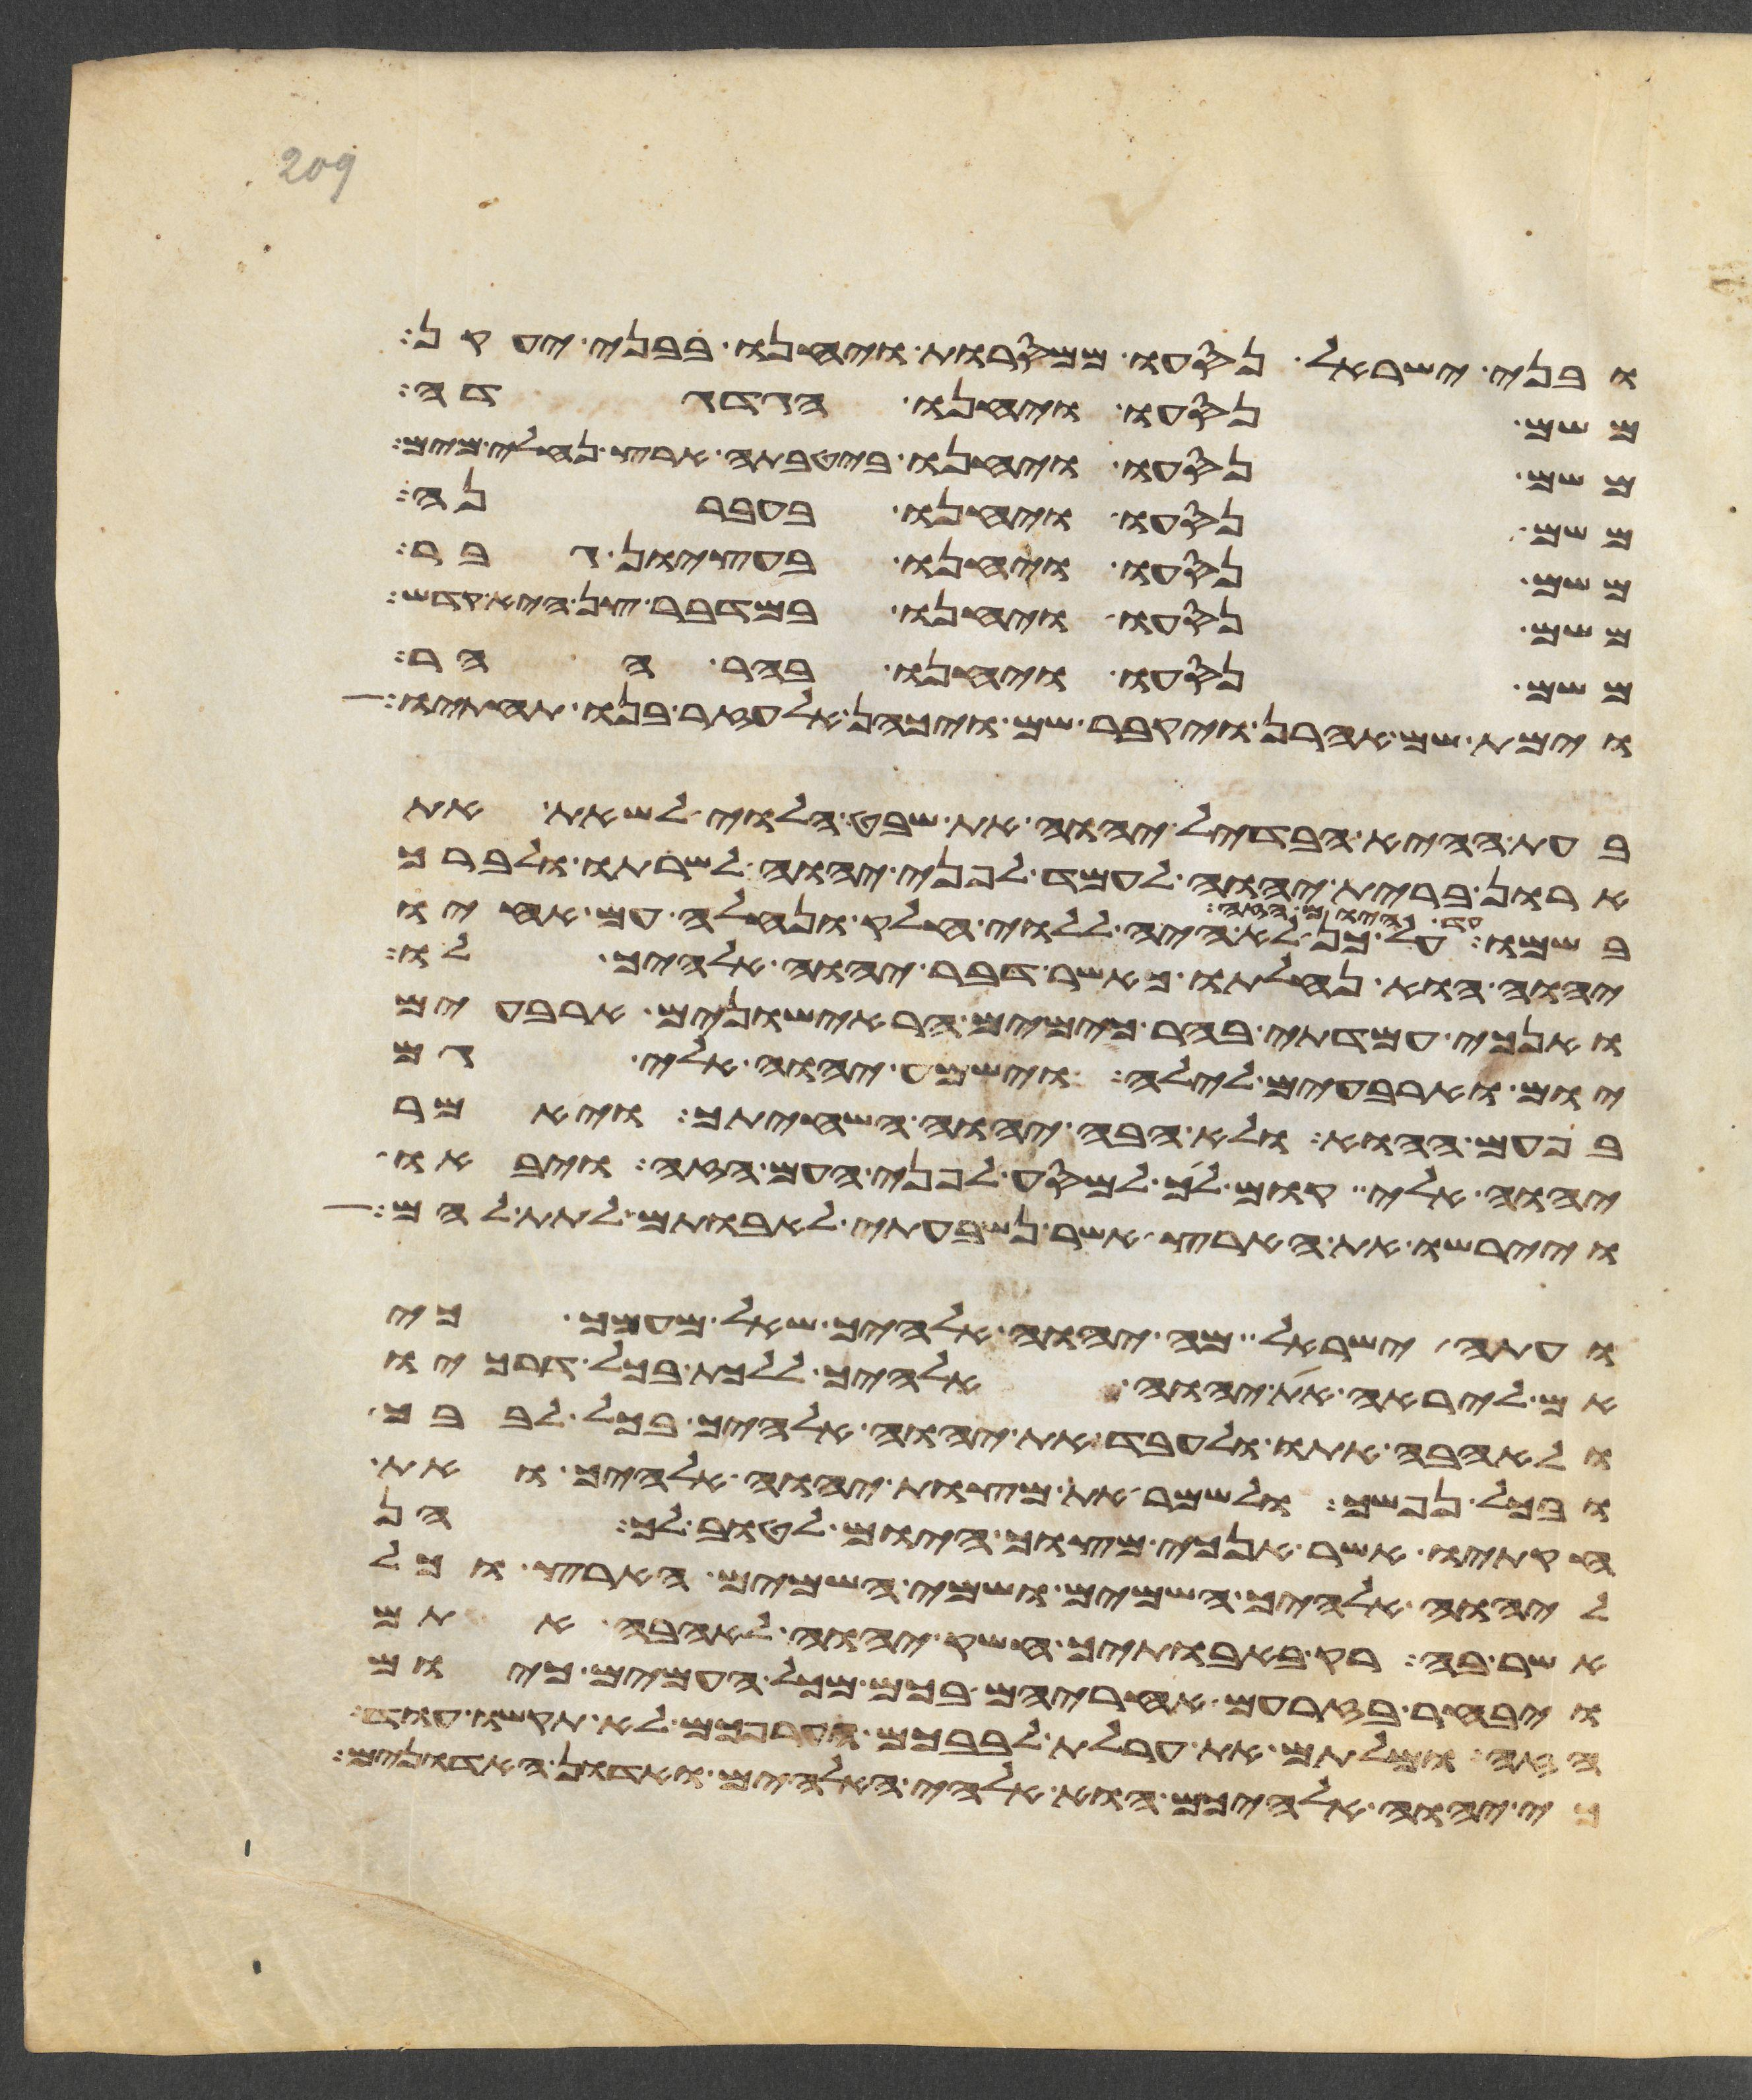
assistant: ובני ישראל נסעו ממסרות ויחנו בבני יעקן
משם נסעו ויחנו הגדגדה
משם נסעו ויחנו ביטבתה ארץ נחלי מים
משם נסעו ויחנו בעברנה
משם נסעו ויחנו בעציון גבר
משם נסעו ויחנו במדבר צן היא קדש
משם נסעו ויחנו בהר ההר
וימת שם אהרן ויקבר שם ויכהן אלעזר בנו תחתיו
בעת ההיא הבדיל יהוה את שבט הלוי לשאת את
ארון ברית יהוה לעמד לפני יהוה לשרתו ולברך
על כן לא היה ללוי חלק ונחלה עם אחיו
יהוה הוא נחלתו כאשר דבר יהוה אלהיך לו
ואנכי עמדתי בהר כימים הראישונים ארבעים
יום וארבעים לילה וישמע יהוה אלי גם
בפעם ההוא ולא אבה יהוה השחיתך ויאמר
יהוה אלי קום לך למסע לפני העם הזה ויבאו
ויירשו את הארץ אשר נשבעתי לאבותם לתת להם
ועתה ישראל מה יהוה אלהיך שאל מעמך כי
אם ליראה את יהוה אלהיך ללכת בכל דרכיו
ולאהבה אתו ולעבד את יהוה אלהיך בכל לבבך
ובכל נפשך ולשמר את מצות יהוה אלהיך ואת
חקתיו אשר אנכי מצוך היום לטוב לך הן
ליהוה אלהיך השמים ושמי השמים הארץ וכל
אשר בה רק באבתיך חשק יהוה לאהבה אתם
ויבחר בזרעם אחריהם בכם מכל העמים כיום
הזה ומלתם את ערלת לבבכם וערפכם לא תקשו עוד
כי יהוה אלהיכם הוא אלהי האלהים ואדון האדונים